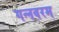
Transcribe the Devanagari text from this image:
गन्‍नवरम